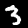
Label: 3